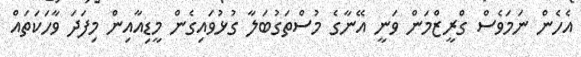
އެހެން ނަމަވެސް ގްރީޒްމަން ވަނީ އޭނާގެ މުސްތަގުބަލާ ގުޅުވައިގެން މީޑިއާއިން މިފަދަ ވާހަކަތައް